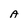
Character: A